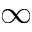
\infty